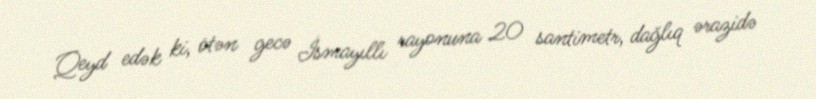
Qeyd edək ki, ötən gecə İsmayıllı rayonuna 20 santimetr, dağlıq ərazidə